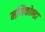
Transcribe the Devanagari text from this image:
मणिकोण्डा